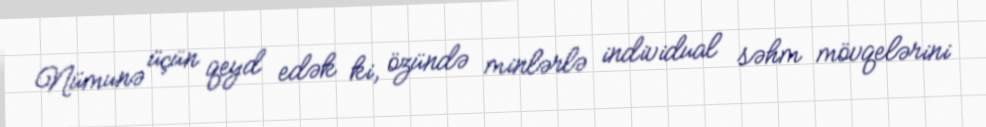
Nümunə üçün qeyd edək ki, özündə minlərlə individual səhm mövqelərini